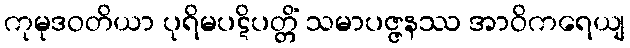
ကုမုဒဝတိယာ ပုရိမပဋိပတ္တိံ သမာပဇ္ဇနဿ အာဝိကရေယျ